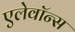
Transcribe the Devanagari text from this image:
एलेवॉन्स